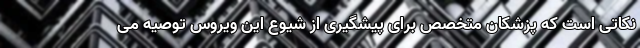
نکاتی است که پزشکان متخصص برای پیشگیری از شیوع این ویروس توصیه می